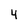
Character: 4